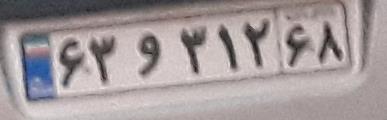
۶۳و۳۱۲۶۸